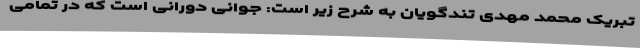
تبریک محمد مهدی تندگویان به شرح زیر است: جوانی دورانی است که در تمامی